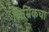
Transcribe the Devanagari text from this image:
लिम्रिकचा